画像に写った文字を読んでください
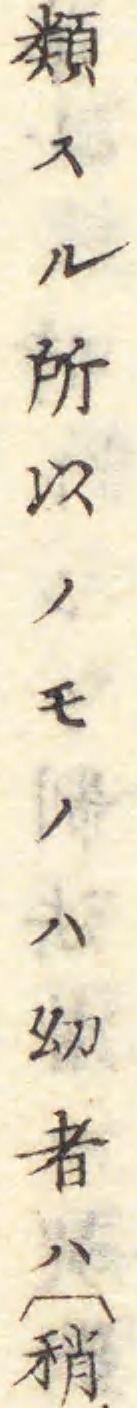
「類スル所以ノモノハ幼者ハ〔稍」と書いてあります